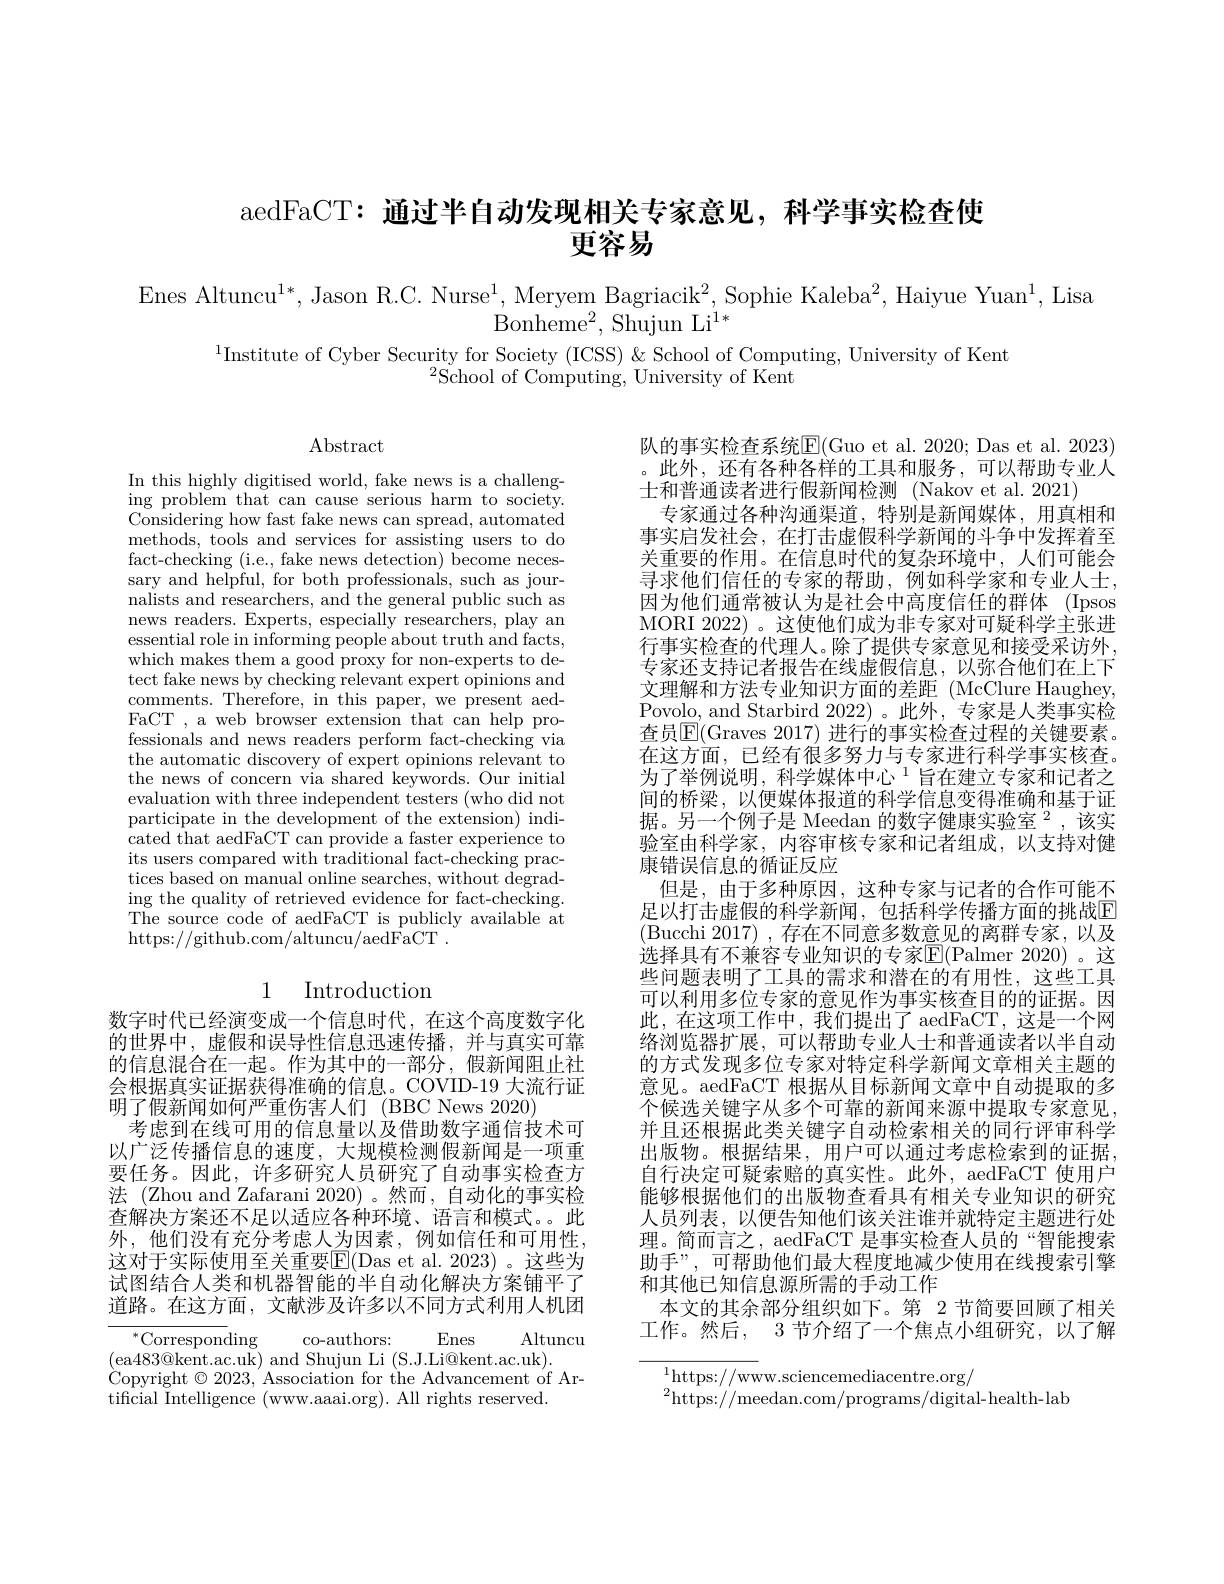
# aedFaCT: 通过半自动发现相关专家意见，科学事实检查使更容易

Enes Altuncu$^1*$, Jason R.C. Nurse$^1$, Meryem Bagriacik$^2$, Sophie Kaleba$^2$,Haiyue Yuan$^1$,Lisa
Bonhem$e^{2}$, Shujun L$i^{1* }$

$^{1}$Institute of Cyber Security for Society (ICSS) &School of Computing, University of Kent
${}^{2}{\mathrm{School~of~Computing,~University~of~Kent}}$

$\operatorname{Abstract}$

In this highly digitised world, fake news is a challenging problem that can cause serious harm to society. Considering how fast fake news can spread, automated methods, tools and services for assisting users to do fact-checking (i.e., fake news detection) become necessary and helpful, for both professionals, such as journalists and researchers, and the general public such as news readers. Experts, especially researchers, play an essential role in informing people about truth and facts, which makes them a good proxy for non-experts to detect fake news by checking relevant expert opinions and comments. Therefore, in this paper, we present aedFaCT , a web browser extension that can help professionals and news readers perform fact-checking via the automatic discovery of expert opinions relevant to the news of concern via shared keywords. Our initial evaluation with three independent testers (who did not participate in the development of the extension) indicated that aedFaCT can provide a faster experience to its users compared with traditional fact-checking prac- $\hat{\text{tices based on manual online searches, without degrad-}}$ ing the quality of retrieved evidence for fact-checking. The source code of aedFaCT is publicly available at https://github.com/altuncu/aedFaCT~.

队的事实检查系统$\overline{\mathrm{E}}($Guo et al. 2020; Das et al. 2023) 。此外，还有各种各样的工具和服务，可以帮助专业人士和普通读者进行假新闻检测 (Nakov et al.2021)
专家通过各种沟通渠道，特别是新闻媒体，用真相和事实启发社会，在打击虚假科学新闻的斗争中发挥着至关重要的作用。在信息时代的复杂环境中，人们可能会寻求他们信任的专家的帮助，例如科学家和专业人士， 因为他们通常被认为是社会中高度信任的群体(Ipsos MORI 2022) 。这使他们成为非专家对可疑科学主张进行事实检查的代理人。除了提供专家意见和接受采访外， 专家还支持记者报告在线虚假信息，以弥合他们在上下文理解和方法专业知识方面的差距(McClure Haughey, Povolo, and Starbird 2022)。此外，专家是人类事实检查员$\overline{\mathrm{E}}($Graves 2017) 进行的事实检查过程的关键要素。在这方面，已经有很多努力与专家进行科学事实核查。为了举例说明，科学媒体中心$^{1}$旨在建立专家和记者之间的桥梁，以便媒体报道的科学信息变得准确和基于证据。另一个例子是 Meedan 的数字健康实验室$^2$,该实验室由科学家，内容审核专家和记者组成，以支持对健康错误信息的循证反应
但是，由于多种原因，这种专家与记者的合作可能不足以打击虚假的科学新闻，包括科学传播方面的挑战$\mathbb{E}$ (Bucchi 2017) ,存在不同意多数意见的离群专家，以及选择具有不兼容专业知识的专家$\mathbb{E}($Palmer 2020)。这些问题表明了工具的需求和潜在的有用性，这些工具可以利用多位专家的意见作为事实核查目的的证据。因此，在这项工作中，我们提出了 aedFaCT,这是一个网络浏览器扩展，可以帮助专业人士和普通读者以半自动的方式发现多位专家对特定科学新闻文章相关主题的意见。aedFaCT 根据从目标新闻文章中自动提取的多个候选关键字从多个可靠的新闻来源中提取专家意见， 并且还根据此类关键字自动检索相关的同行评审科学出版物。根据结果，用户可以通过考虑检索到的证据， 自行决定可疑索赔的真实性。此外，aedFaCT 使用户能够根据他们的出版物查看具有相关专业知识的研究人员列表，以便告知他们该关注谁并就特定主题进行处理。简而言之，aedFaCT 是事实检查人员的“智能搜索助手”,可帮助他们最大程度地减少使用在线搜索引擎和其他已知信息源所需的手动工作
本文的其余部分组织如下。第 2 节简要回顾了相关工作。然后，3 节介绍了一个焦点小组研究，以了解

# 1 Introduction

数字时代已经演变成一个信息时代，在这个高度数字化的世界中，虚假和误导性信息迅速传播，并与真实可靠的信息混合在一起。作为其中的一部分，假新闻阻止社会根据真实证据获得准确的信息。COVID-19 大流行证明了假新闻如何严重伤害人们 (BBC News 2020)
考虑到在线可用的信息量以及借助数字通信技术可以广泛传播信息的速度，大规模检测假新闻是一项重要任务。因此，许多研究人员研究了自动事实检查方法 (Zhou and Zafarani 2020) 。然而，自动化的事实检查解决方案还不足以适应各种环境、语言和模式。此外，他们没有充分考虑人为因素，例如信任和可用性， 这对于实际使用至关重要$\overline{\mathbb{E}}($Das et al. 2023)。这些为试图结合人类和机器智能的半自动化解决方案铺平了道路。在这方面，文献涉及许多以不同方式利用人机团

Enes
Altuncu
co-authors:
$^{*}$Corresponding
(ea$483@$kent.ac.uk) and Shujun Li (S.J.Li@kent.ac.uk).
$\dot{\text{Copyright }}\odot2023,\dot{\text{Association for the Advancement of Ar-}}$
tificial Intelligence (www.aaai.org). All rights reserved.

$^{1}$https://www.sciencemediacentre.org/
$^{2}$https://meedan.com/programs/digital-health-lab